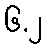
၆.၂